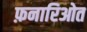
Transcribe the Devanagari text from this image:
फ़नारिओत